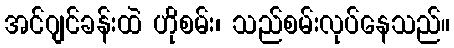
အင်ဂျင်ခန်းထဲ ဟိုစမ်း၊ သည်စမ်းလုပ်နေသည်။